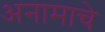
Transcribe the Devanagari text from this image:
अनामाचे